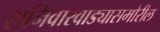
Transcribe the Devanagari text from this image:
शनिवारवाड्यासमोरील